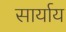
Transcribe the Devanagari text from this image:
सार्याय